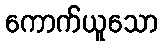
ကောက်ယူသော